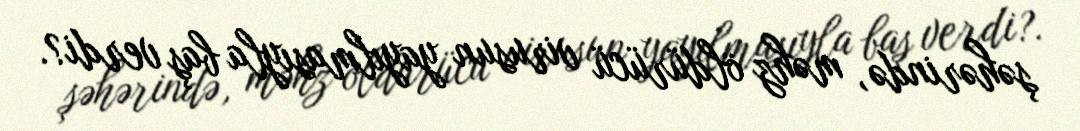
şəhərində, məhz öldürücü virusun yayılmasıyla baş verdi?.